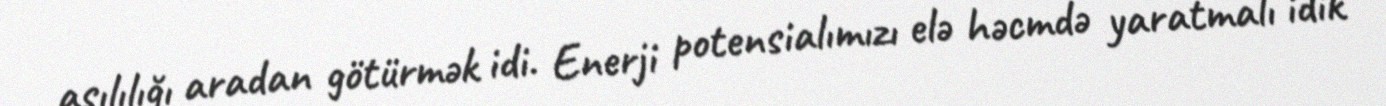
asılılığı aradan götürmək idi. Enerji potensialımızı elə həcmdə yaratmalı idik